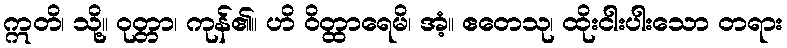
ဣတိ၊ သို့။ ဝုတ္တာ၊ ကုန်၏။ ဟိ ဝိတ္ထာရေမိ၊ အံ့။ ဧတေသု၊ ထိုးငါးပါးသော တရား